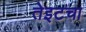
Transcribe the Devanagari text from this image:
तेइटचा